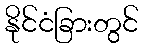
နိုင်ငံခြားတွင်